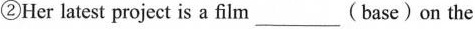
②Her latest project is a film___(base)on the